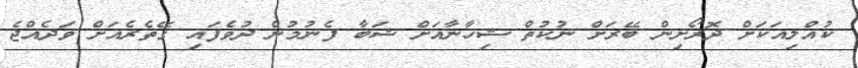
ކުއްލިއަކަށް ދޮރޯށިން ބޭރަށް ނުކުތް ޝިހާނާއަށް ޝަބާ ފެނުމުން ދުވެފައި ގޭތެރެއަށް ވަދެއްޖެ